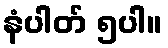
နံပါတ် ၅ပါ။